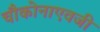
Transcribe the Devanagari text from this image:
चौकोनाएवजी